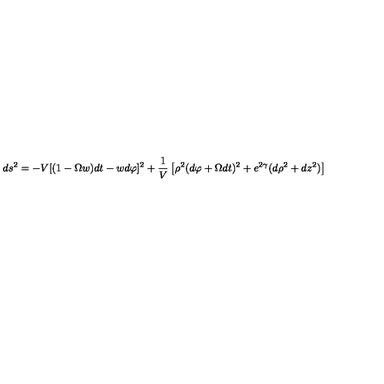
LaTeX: \nonumber d s ^ { 2 } = - V [ ( 1 - \Omega w ) d t - w d \varphi ] ^ { 2 } + { \frac { 1 } { V } } \left[ \rho ^ { 2 } ( d \varphi + \Omega d t ) ^ { 2 } + e ^ { 2 \gamma } ( d \rho ^ { 2 } + d z ^ { 2 } ) \right]